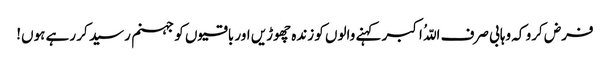
فرض کرو کہ وہابی صرف اللّہُ اکبر کہنے والوں کو زندہ چھوڑیں اور باقیوں کو جہنم رسید کر رہے ہوں!